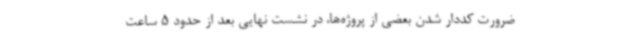
ضرورت کددار شدن بعضی از پروژه‌ها، در نشست نهایی بعد از حدود 5 ساعت